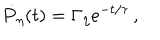
LaTeX: \dot { P } _ { \eta } ( t ) = \Gamma _ { \eta } e ^ { - t / \tau } \, ,